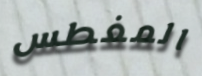
المغطس